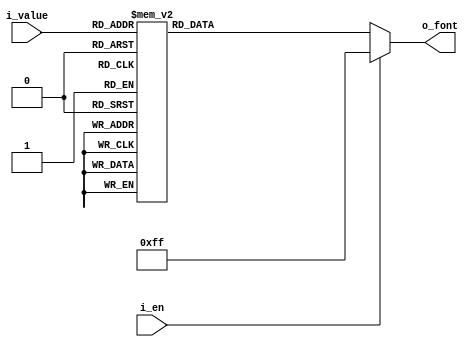
`timescale 1ns / 1ps
//////////////////////////////////////////////////////////////////////////////////
// Company: 
// Engineer: 
// 
// Design Name: 
// Module Name: bcd2fnd_decoder
// Project Name: 
// Target Devices: 
// Tool Versions: 
// Description: 
// 
// Dependencies: 
// 
// Revision:
// Revision 0.01 - File Created
// Additional Comments:
// 
//////////////////////////////////////////////////////////////////////////////////


module bcd2fnd_decoder(
        input [3:0] i_value,
        input i_en,
        output [7:0] o_font
    );

    reg [7:0] r_font;
    assign o_font = r_font;

    always @(*) begin
        if(i_en) begin
            r_font = 8'hff;
        end
        else begin
            case (i_value)
                4'h0 : r_font = 8'hc0;
                4'h1 : r_font = 8'hf9;
                4'h2 : r_font = 8'ha4;
                4'h3 : r_font = 8'hb0;
                4'h4 : r_font = 8'h99;
                4'h5 : r_font = 8'h92;
                4'h6 : r_font = 8'h82;
                4'h7 : r_font = 8'hf8;
                4'h8 : r_font = 8'h80;
                4'h9 : r_font = 8'h90;
                4'ha : r_font = 8'h7f;
                default : r_font = 8'hff;
            endcase
        end
    end
endmodule